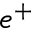
e ^ { + }